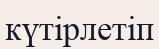
күтірлетіп